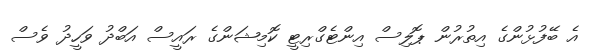
އެ ބޭފުޅުންގެ އިތުރުން ޕޮލިސް އިންޓެގްރިޓީ ކޮމިޝަންގެ ރައީސް އަބްދު ވަހީދު ވެސް